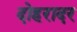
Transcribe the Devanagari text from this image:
दोहरादर